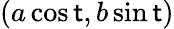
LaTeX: (a\cos\mathsf{t},b\sin\mathsf{t})